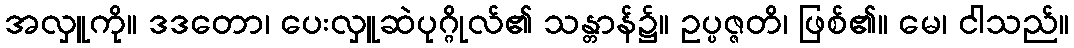
အလှူကို။ ဒဒတော၊ ပေးလှူဆဲပုဂ္ဂိုလ်၏ သန္တာန်၌။ ဥပ္ပဇ္ဇတိ၊ ဖြစ်၏။ မေ၊ ငါသည်။